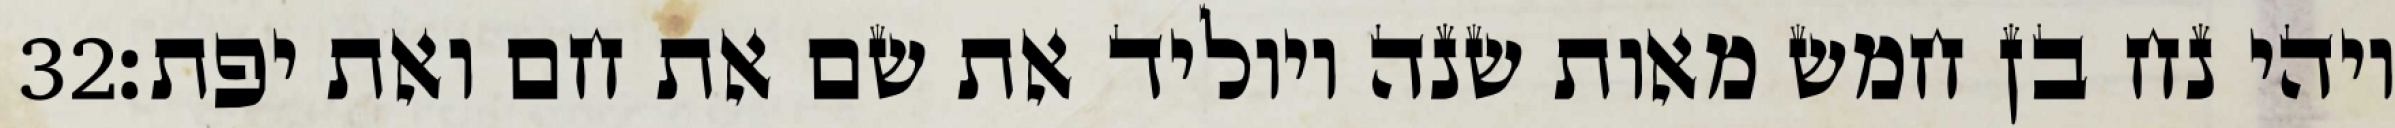
‎32‏ ויהי נח בן חמש מאות שנה ויוליד את שם את חם ואת יפת׃